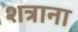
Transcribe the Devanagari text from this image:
शत्राना